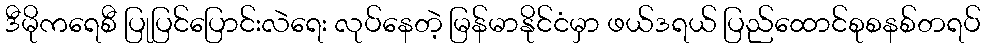
ဒီမိုကရေစီ ပြုပြင်ပြောင်းလဲရေး လုပ်နေတဲ့ မြန်မာနိုင်ငံမှာ ဖယ်ဒရယ် ပြည်ထောင်စုစနစ်တရပ်